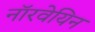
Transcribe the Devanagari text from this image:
नाॅरवेयिन